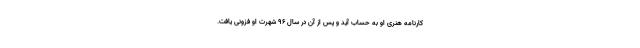
کارنامه هنری او به حساب آید و پس از آن در سال ۹۶ شهرت او فزونی یافت.